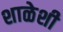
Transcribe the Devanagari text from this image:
शाळेशी